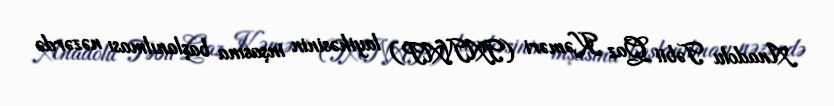
Anadolu Təbii Qaz Kəməri (TANAP) layihəsinin inşasına başlanılması nəzərdə